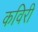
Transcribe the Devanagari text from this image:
कविरी